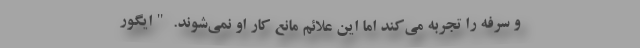
و سرفه را تجربه می‌کند اما این علائم مانع کار او نمی‌شوند. "ایگور